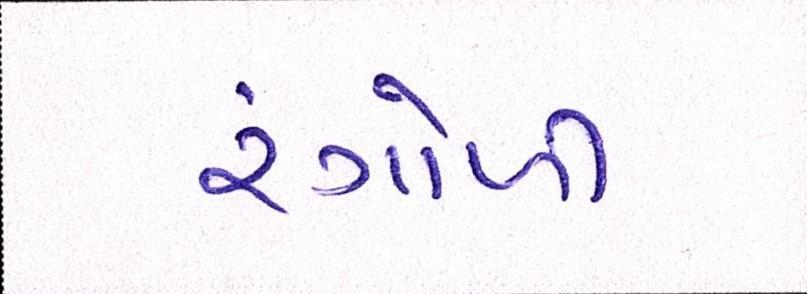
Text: રંગોળી